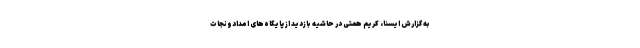
به گزارش ایسنا، کریم همتی در حاشیه بازدید از پایگاه‌های امدادونجات